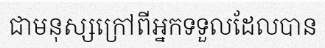
ជាមនុស្សក្រៅពីអ្នកទទួលដែលបាន